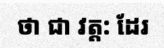
ថា ជា វត្ត: ដែរ